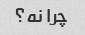
چرا نه؟